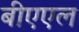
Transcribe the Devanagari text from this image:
बीएएल